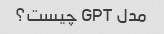
مدل GPT چیست؟